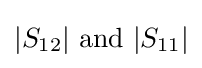
|S_{12}|{\text{ and }}|S_{11}|